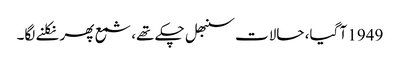
1949 آ گیا، حالات سنبھل چکے تھے، شمع پھر نکلنے لگا۔